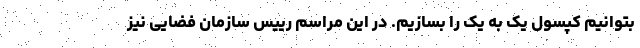
بتوانیم کپسول یک به یک را بسازیم. در این مراسم رییس سازمان فضایی نیز